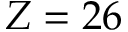
Z = 2 6